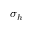
\sigma _ { h }